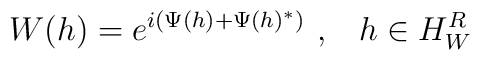
W(h)=e^{i(\Psi (h)+\Psi (h)^{*})}\,\,,\,\,\,\,\,h\in H_{W}^{R}